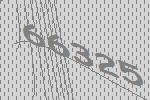
66325